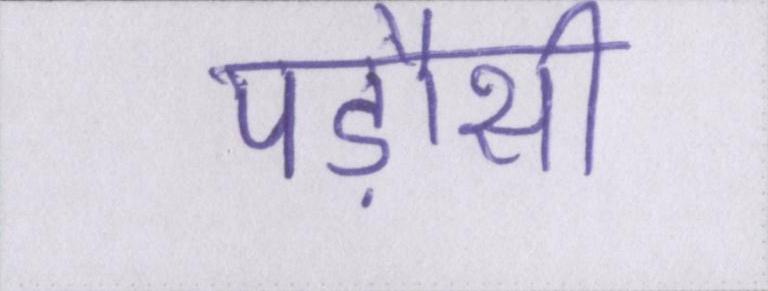
पड़ौसी